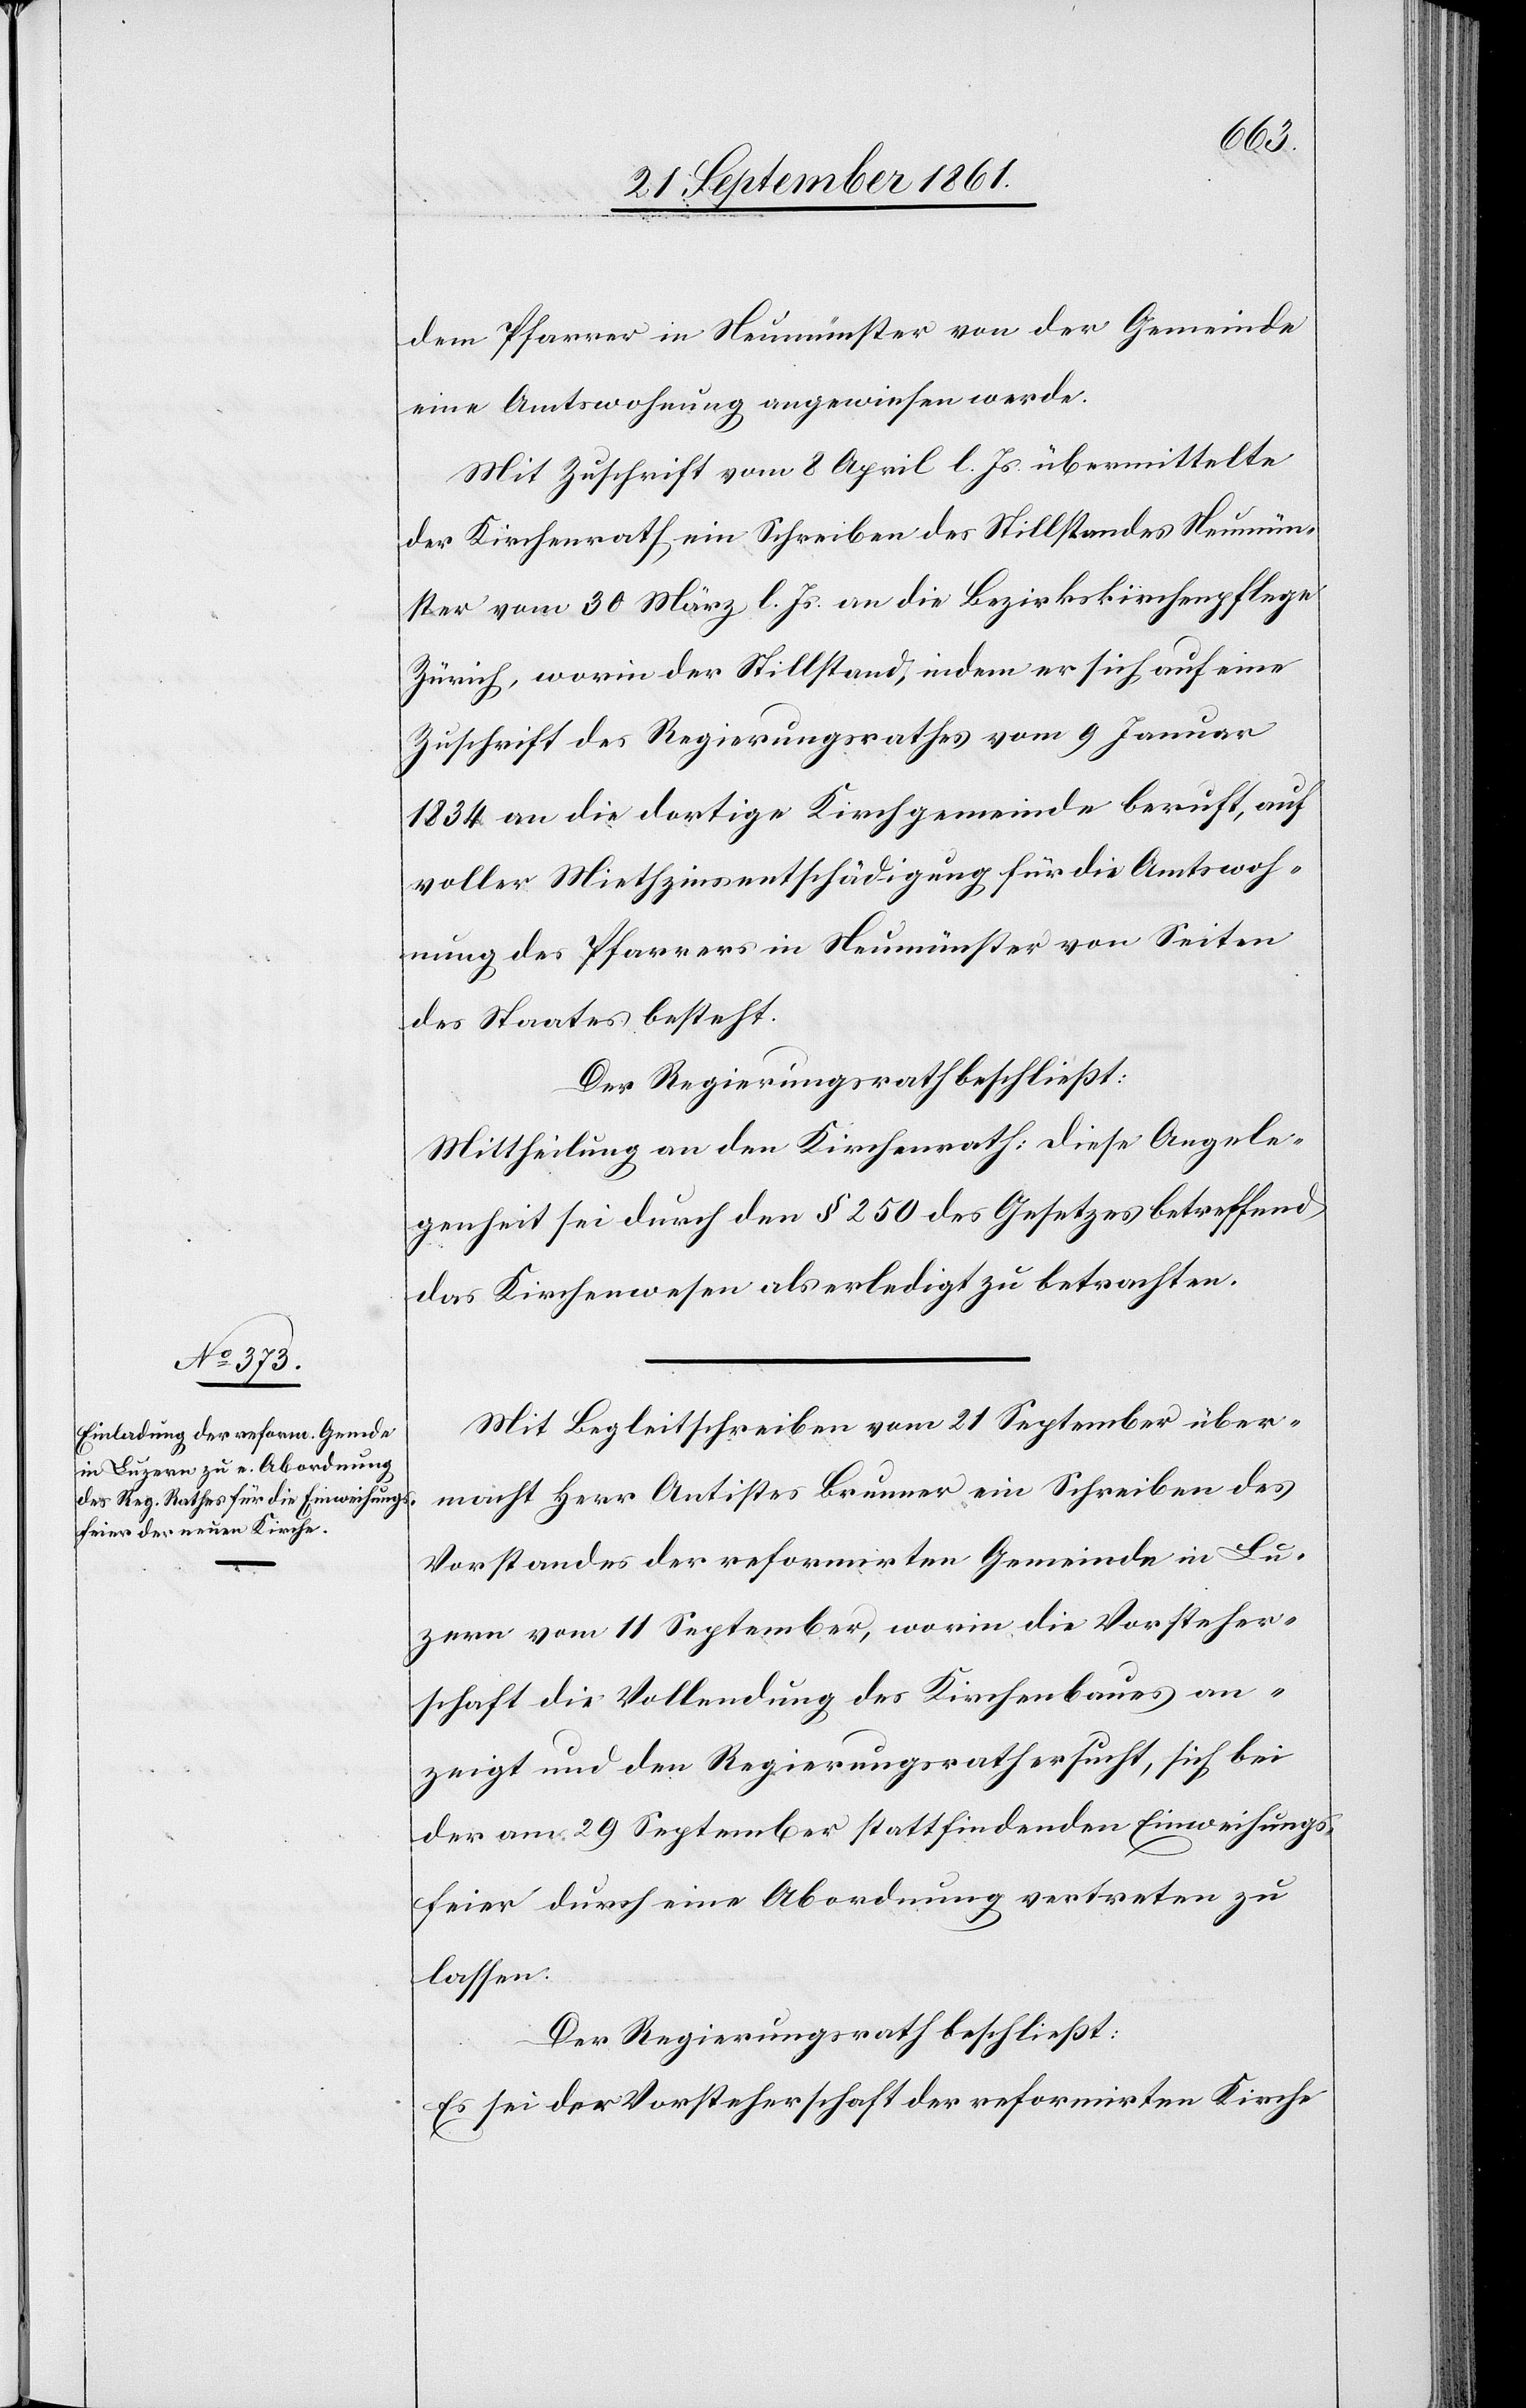
dem Pfarrer in Neumünster von der Gemeinde
eine Amtswohnung angewiesen werde.
Mit Zuschrift vom 8 April l. Js. übermittelte
der Kirchenrathe ein Schreiben des Stillstandes Neumün¬
ster vom 30 März l. Js. an die Bezirkskirchenpflege
Zürich, worin der Stillstand, indem er sich auf eine
Zuschrift des Regierungsrathes vom 9 Januar
1834 an die dortige Kirchgemeinde beruft, auf
voller Miethzinsentschädigung für die Amtswoh¬
nung des Pfarrers in Neumünster von Seiten
des Staates besteht.
Der Regierungsrath beschließt:
Mittheilung an den Kirchenrath: Diese Angele¬
genheit sei durch § 250 des Gesetzes betreffend
das Kirchenwesen als erledigt zu betrachten.
Mit Begleitschreiben vom 21 September über¬
macht Herr Antistes Brunner ein Schreiben des
Vorstandes der reformirten Gemeinde in Lu¬
zern vom 11 September, worin die Vorsteher¬
schaft die Vollendung des Kirchenbaues an¬
zeigt und den Regierungsrath ersucht, sich bei
der am 29 September stattfindenden Einweihungs¬
feier durch eine Abordnung vertreten zu
lassen.
Der Regierungsrath beschließt:
Es sei der Vorsteherschaft der reformirten Kirche